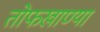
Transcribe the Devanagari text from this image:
तोफखाण्या